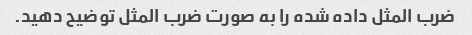
ضرب المثل داده شده را به صورت ضرب المثل توضیح دهید.